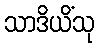
သာဒိယိံသု